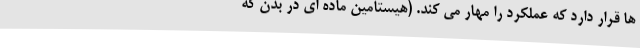
ها قرار دارد که عملکرد را مهار می کند. (هیستامین ماده ای در بدن که